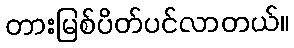
တားမြစ်ပိတ်ပင်လာတယ်။